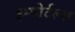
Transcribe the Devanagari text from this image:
इम्मोर्टल्स